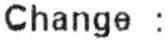
CHANGE :